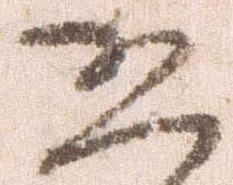
恐